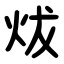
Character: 炦